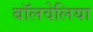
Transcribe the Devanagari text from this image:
बॉलवेलिया